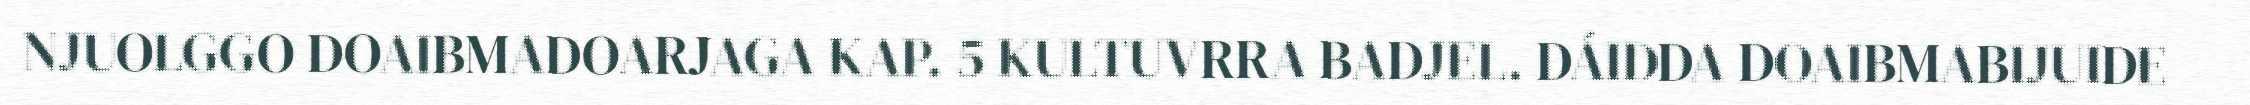
NJUOLGGO DOAIBMADOARJAGA KAP. 5 KULTUVRRA BADJEL. DÁIDDA DOAIBMABIJUIDE